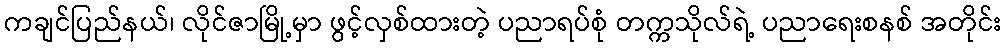
ကချင်ပြည်နယ်၊ လိုင်ဇာမြို့မှာ ဖွင့်လှစ်ထားတဲ့ ပညာရပ်စုံ တက္ကသိုလ်ရဲ့ ပညာရေးစနစ် အတိုင်း